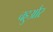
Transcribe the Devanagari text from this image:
चहुऔर